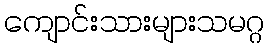
ကျောင်းသားများသမဂ္ဂ